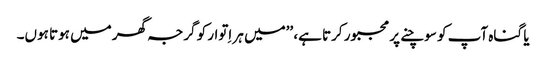
یا گناہ آپ کو سوچنے پر مجبور کرتا ہے، ’’میں ہر اِتوار کو گرجہ گھر میں ہوتا ہوں۔